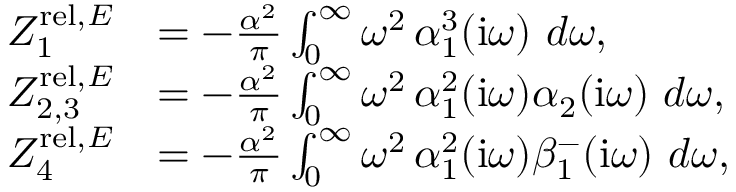
\begin{array} { r l } { Z _ { 1 } ^ { \mathrm { r e l } , E } } & { = - \frac { \alpha ^ { 2 } } \pi \int _ { 0 } ^ { \infty } \omega ^ { 2 } \, \alpha _ { 1 } ^ { 3 } ( \mathrm { i } \omega ) ~ d \omega , } \\ { Z _ { 2 , 3 } ^ { \mathrm { r e l } , E } } & { = - \frac { \alpha ^ { 2 } } \pi \int _ { 0 } ^ { \infty } \omega ^ { 2 } \, \alpha _ { 1 } ^ { 2 } ( \mathrm { i } \omega ) \alpha _ { 2 } ( \mathrm { i } \omega ) ~ d \omega , } \\ { Z _ { 4 } ^ { \mathrm { r e l } , E } } & { = - \frac { \alpha ^ { 2 } } \pi \int _ { 0 } ^ { \infty } \omega ^ { 2 } \, \alpha _ { 1 } ^ { 2 } ( \mathrm { i } \omega ) \beta _ { 1 } ^ { - } ( \mathrm { i } \omega ) ~ d \omega , } \end{array}